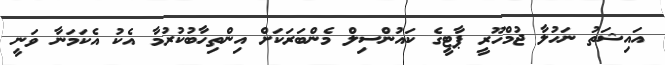
އައިޝަތު ނަހުލާ ޖުމްހޫރީ ޕާޓީގެ ކައުންސިލް މެންބަރަކަށް އިންތިހާބުކުރުމާ އެކު އެކަމަނާ ވަނީ